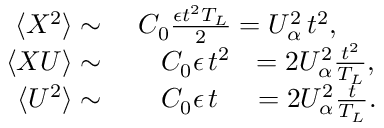
\begin{array} { r l } { \langle X ^ { 2 } \rangle \sim } & { { } \ C _ { 0 } \frac { \epsilon t ^ { 2 } T _ { L } } { 2 } = U _ { \alpha } ^ { 2 } \, t ^ { 2 } , } \\ { \langle X U \rangle \sim } & { { } \, \, \, \, \, \ C _ { 0 } \epsilon \, t ^ { 2 } \, \, \, \, = 2 U _ { \alpha } ^ { 2 } \frac { t ^ { 2 } } { T _ { L } } , } \\ { \langle U ^ { 2 } \rangle \sim } & { { } \, \, \, \, \, \ C _ { 0 } \epsilon \, t \, \, \, \, \, \, \, = 2 U _ { \alpha } ^ { 2 } \frac { t } { T _ { L } } . } \end{array}